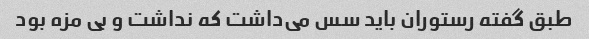
طبق گفته رستوران باید سس می‌داشت که نداشت و بی مزه بود